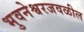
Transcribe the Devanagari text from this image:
भुवनेश्वरजवळील